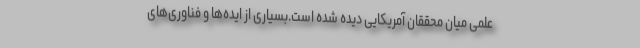
علمی میان محققان آمریکایی دیده شده است.بسیاری از ایده‌ها و فناوری‌های